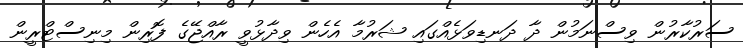
ސަރުކާރުން ވިސްނަމުން ދާ ދަނޑިވަޅެއްގައި ޝަރުމާ އެހެން ވިދާޅުވީ ރާއްޖޭގެ ފޮރިން މިނިސްޓްރީން